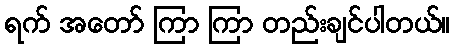
ရက် အတော် ကြာ ကြာ တည်းချင်ပါတယ်။